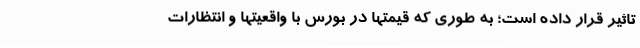
تاثیر قرار داده است؛ به طوری که قیمتها در بورس با واقعیتها و انتظارات